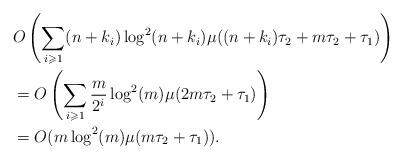
LaTeX: \begin{align*} &O\left(\sum_{i \geqslant 1} (n+k_i)\log^2(n+k_i)\mu((n+k_i)\tau_2+m\tau_2+\tau_1)\right) \\ &= O\left(\sum_{i \geqslant 1} \frac m {2^i}\log^2(m)\mu(2m\tau_2+\tau_1)\right)\\ &=O(m\log^2(m)\mu(m\tau_2+\tau_1)). \end{align*}